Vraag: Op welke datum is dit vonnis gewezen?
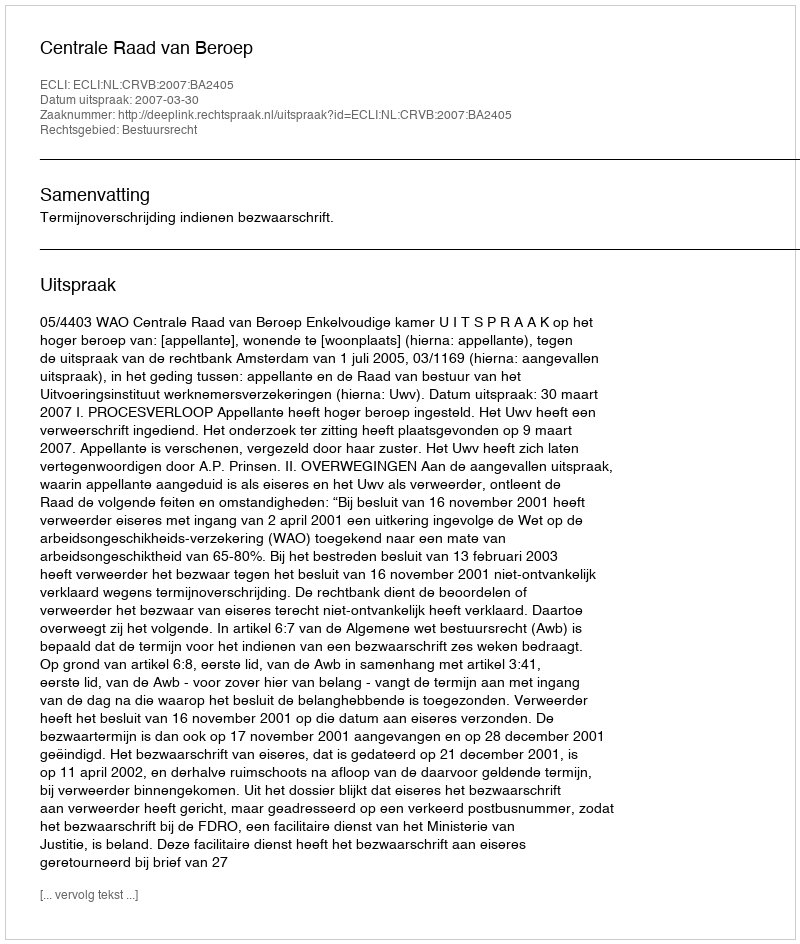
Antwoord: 2007-03-30